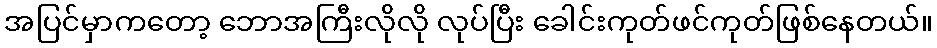
အပြင်မှာကတော့ ဘောအကြီးလိုလို လုပ်ပြီး ခေါင်းကုတ်ဖင်ကုတ်ဖြစ်နေတယ်။